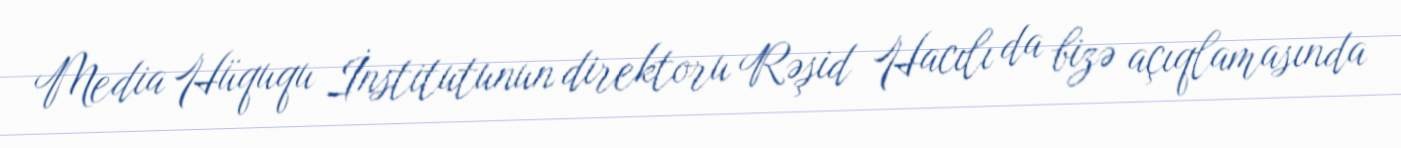
Media Hüququ İnstitutunun direktoru Rəşid Hacılı da bizə açıqlamasında